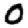
Digit: 0